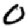
Digit: 0